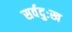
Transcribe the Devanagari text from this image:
सर्वदुःख